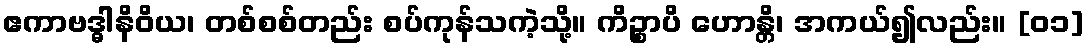
ဧကာဗဒ္ဓါနိဝိယ၊ တစ်စစ်တည်း စပ်ကုန်သကဲ့သို့။ ကိဉ္စာပိ ဟောန္တိ၊ အကယ်၍လည်း။ [၀၁]